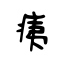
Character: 痍